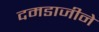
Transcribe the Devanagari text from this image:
दमडाजीने